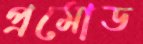
প্রমোড